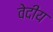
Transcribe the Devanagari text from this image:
वेदीय